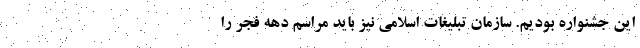
این جشنواره بودیم. سازمان تبلیغات اسلامی نیز باید مراسم دهه فجر را